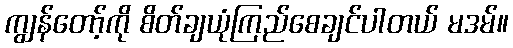
ကျွန်တော့်ကို စိတ်ချယုံကြည်စေချင်ပါတယ် မဒမ်။